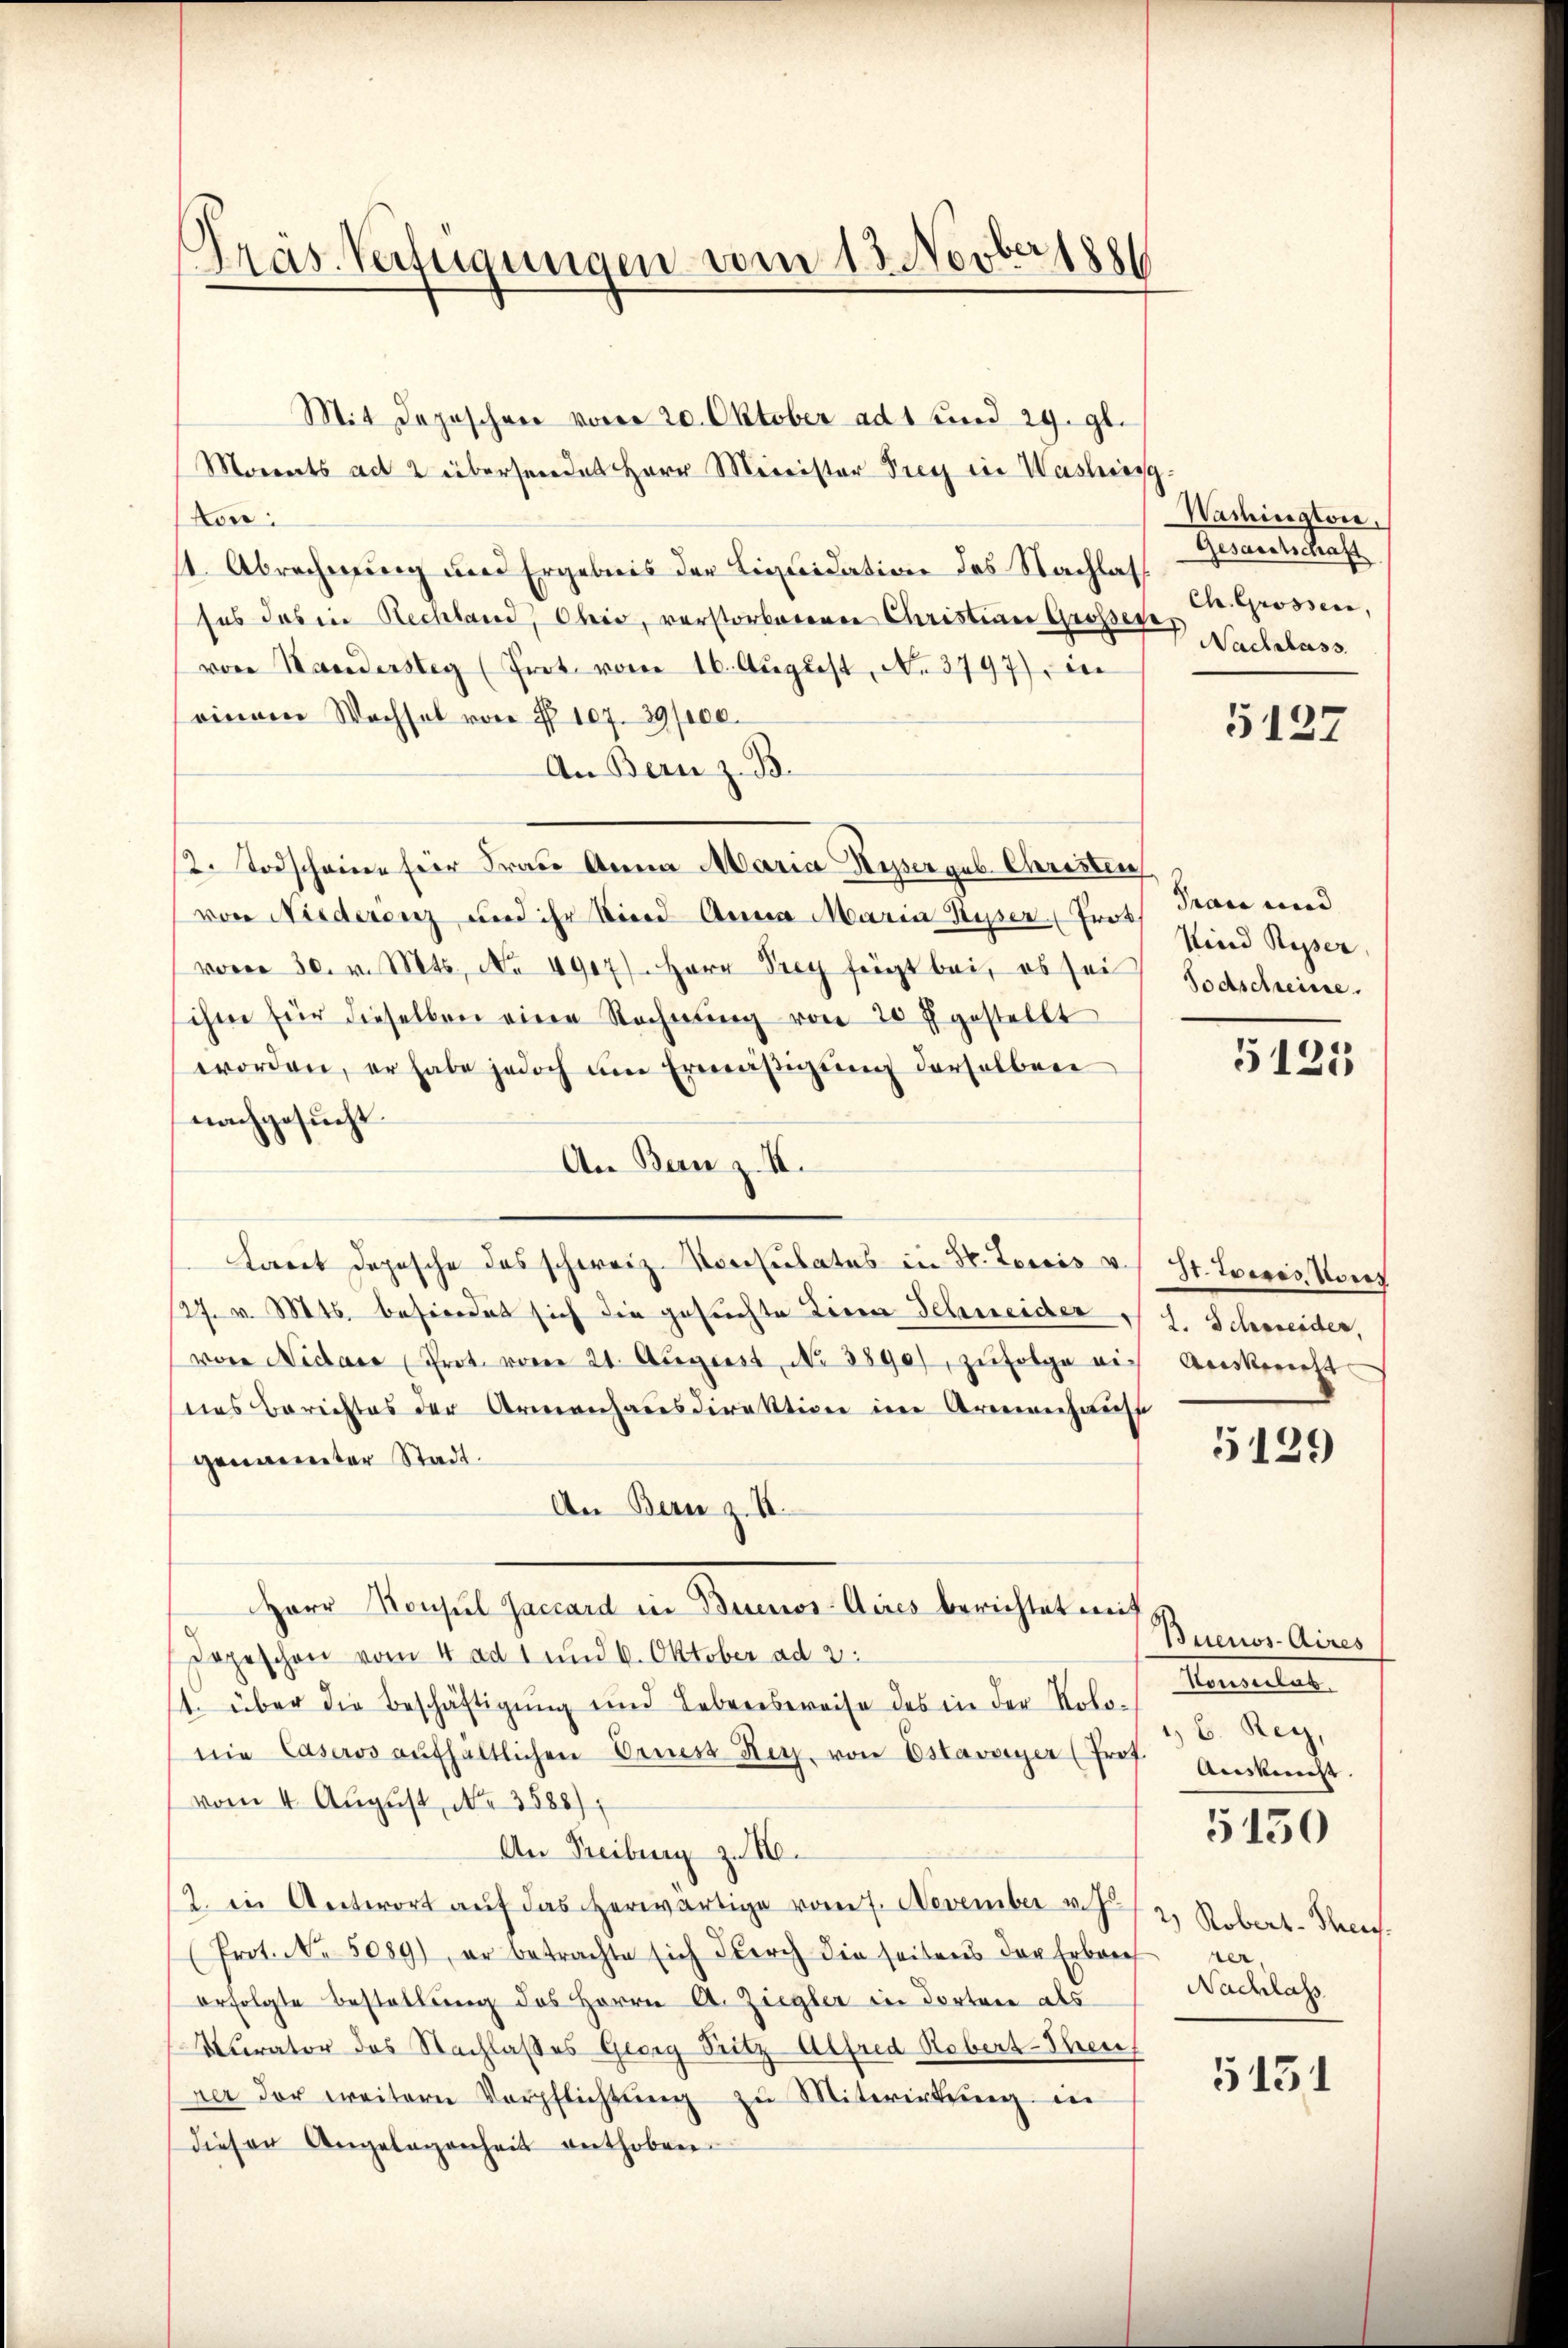
Präs. Verfügungen vom 13. Novber 188

Mit Depeschen vom 20. Oktober ad 1 und 29. gl.
Morents ad 2 übersendet Herr Minister Frey ein Washies¬
Lon:
11. Abrechnung und Ergebnis der Liquidation des Nachlass
ses das in Rechland, Ohio, verstorberenen Christian Grosser
vor Handersteg (Frot. vom 16. Aŭgŭst No. 3797), in
einem Wachsel von § 107. 39/100.
An Bern z. B.
st. Todscheine für Frau Anna Maria Keser geb. Christen
von Niederenz und ihr Kind Anna Maria Ryser, Prof. Traue und
vom 30. v. Mts., No 4907) Herr Prey fügt bei, ob sei
sihm für dieselben eine Rechnŭng von 20 f. gestellt
worden, er habe jedoch am Ermäβigŭng derselben
nachgesucht.
An Benz. I.
Laret Depesche des schweiz. Konsulates in Hr. Louis u. s. St. Loires, Vorg
27. v. Mts. besondert sich die gesuchte Liena Schneider es s. Schweider,
von Nidaco (Prot. vom 21. Aŭgust No. 3890), zŭfolge auch Auskunfts
das Berichtes der Armenhausdirektion im Armenhaus
genannter Stadt.
An Bern z. B.
Herr Konsul Jaccard in Buenos-Aires berichtet mit
Depeschon vom 4. ad 1 und 6. Oktober ad 2.
. über die Beschäftigŭng und Lebenesereise des in der Noto-
nie Casers aufhältlichen Ernes Reg. von Estavayer (Prof. Anknecht
vom 4. August, No. 3588),
An Treiburg zu M.
2 in Antwort auf das herwärtige vom 7. November v. 2. Robert-Thee.
(Prot. No. 5089), er betrachte sich durch die seitens der Erbrech
erfolgte Bestellung des Herrn A. Ziegler in Tortere als
Curator des Nachlasses Georg Fritz Alfred Robert-Theres
ner der weitern Verpflichtŭng zu Mitwirkung in
dieser Angelegenheit enthoben.

Washington.
Gesandtschaft
Ch. Grossen,
Nachlass

5127

Kind Reper,
Todschreine.

5121

5129

Buenos-Aires
Heuler
1) 6. Rey,

5150

er
Nadass

5131